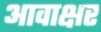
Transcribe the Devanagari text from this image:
आवाक्षर